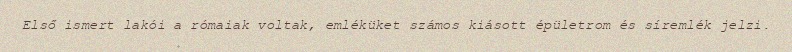
Első ismert lakói a rómaiak voltak, emléküket számos kiásott épületrom és síremlék jelzi.